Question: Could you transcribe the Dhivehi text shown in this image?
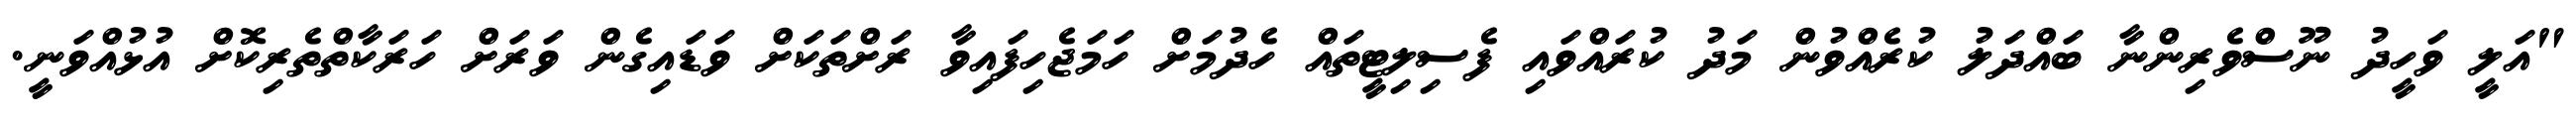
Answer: "އަލީ ވަހީދު ނޫސްވެރިންނާ ބައްދަލު ކުރެއްވުން މަދު ކުރައްވައި ފެސިލިޓީތައް ހެދުމަށް ހަމަޖެހިފައިވާ ރަށްތަކަށް ވަޑައިގެން ވަރަށް ހަރަކާތްތެރިކޮށް އުޅުއްވަނީ.